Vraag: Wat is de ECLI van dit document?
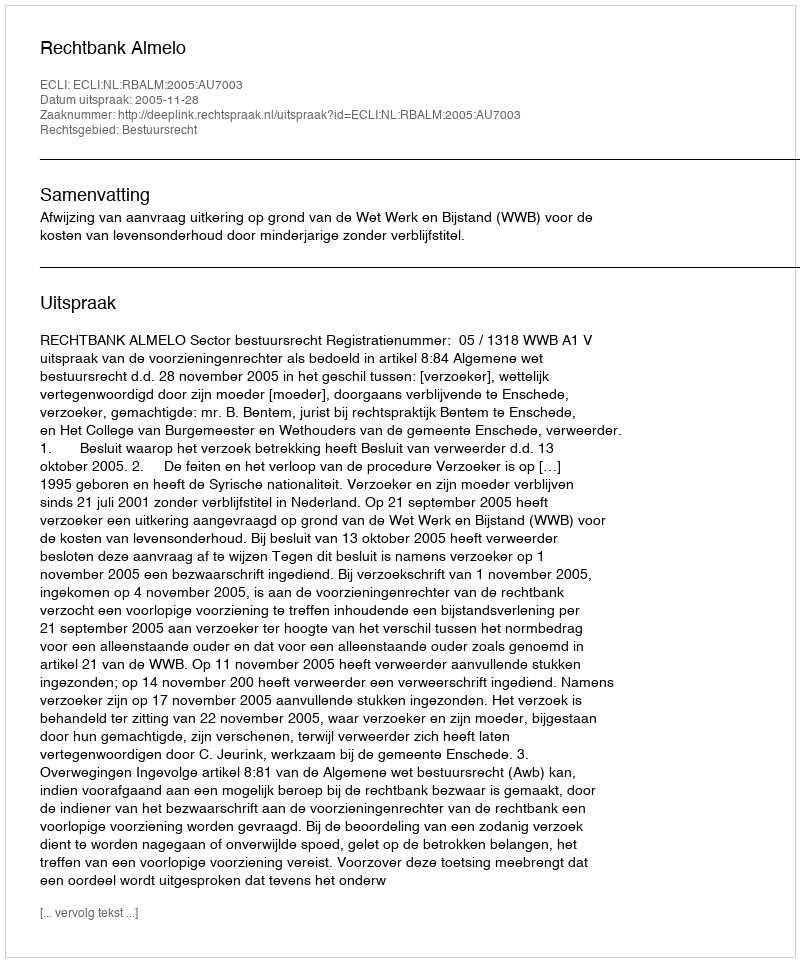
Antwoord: ECLI:NL:RBALM:2005:AU7003